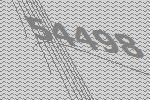
54498